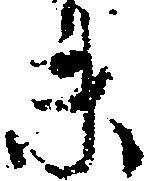
未